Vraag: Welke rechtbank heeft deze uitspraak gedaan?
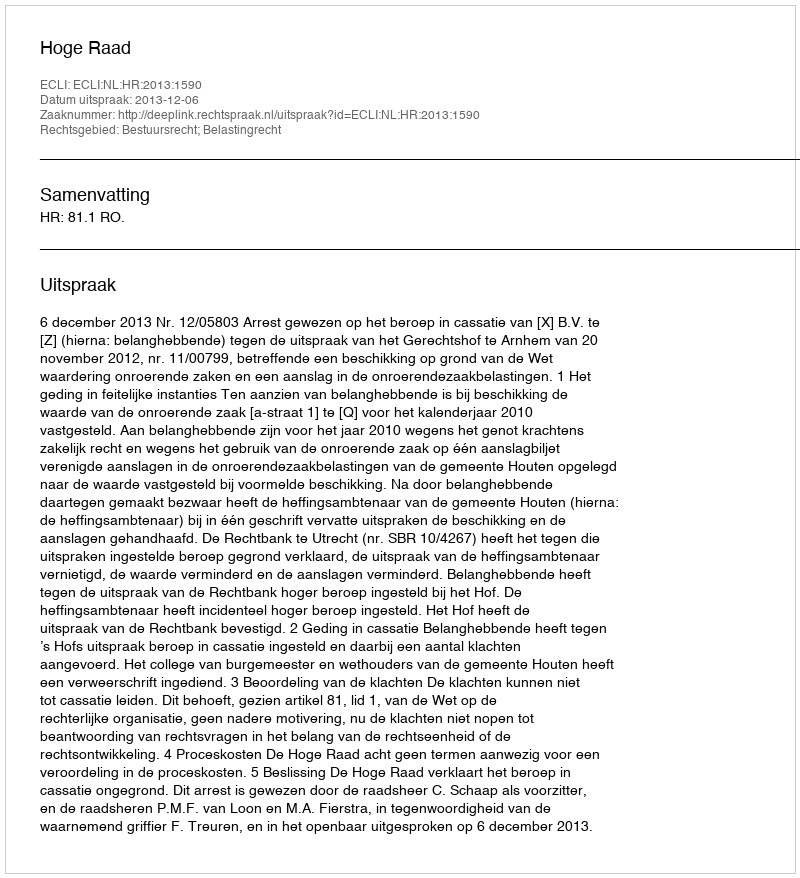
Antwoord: Hoge Raad